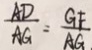
\frac { A D } { A G } = \frac { G F } { A G }